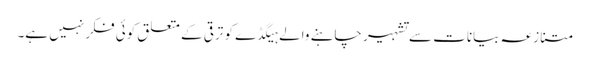
متنازعہ بیانات سے تشہیر چاہنے والے ہیگڈے کو ترقی کے متعلق کوئی فکر نہیں ہے۔